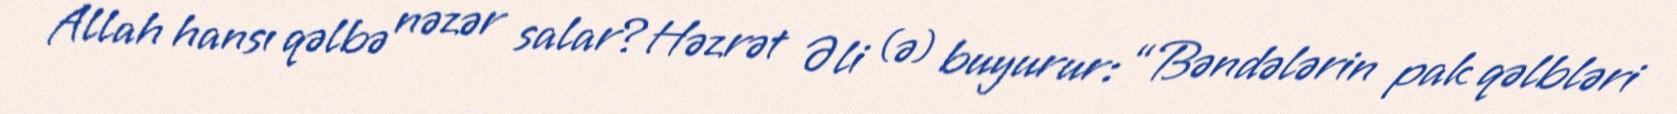
Allah hansı qəlbə nəzər salar?Həzrət Əli (ə) buyurur: “Bəndələrin pak qəlbləri